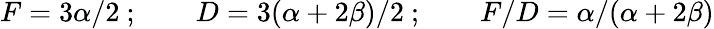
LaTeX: F=3\alpha/2\ ;\qquad D=3(\alpha+2\beta)/2\ ;\qquad{F/D}={\alpha}/(\alpha+2\beta)